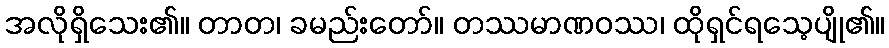
အလိုရှိသေး၏။ တာတ၊ ခမည်းတော်။ တဿမာဏဝဿ၊ ထိုရှင်ရသေ့ပျို၏။